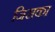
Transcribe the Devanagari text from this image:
जिसका